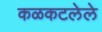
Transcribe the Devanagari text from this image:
कळकटलेले